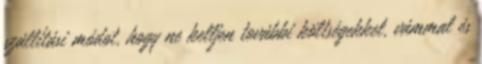
szállítási módot, hogy ne kelljen további költségekkel, vámmal és